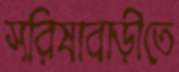
সরিষাবাড়ীতে